Annual report on the Civil Veterinary Department, Burma (including the Insein Veterinary School) - 1923-1931
Year: 1923
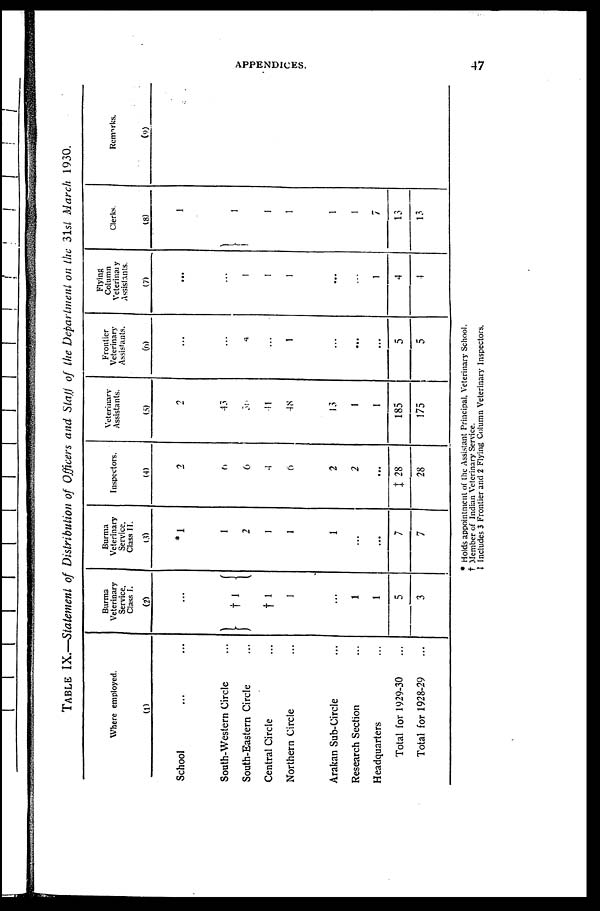
APPENDICES.
47
TABLE IX.—Statement of Distribution of Officers and Staff of the Department on the 31st March 1930.
Where employed.
(1)
School ... ...
South-Western Circle ...
South-Eastern Circle ...
Central Circle ...
Northern Circle ...
Arakan Sub-Circle ...
Research Section ...
Headquarters ...
Total for 1929-30 ...
Total for 1928-29 ...
Burma
Veterinary
Service.
Class I.
(2)
...
†1
† 1
1
...
1
1
5
3
Burma
Veterinary
Service.
Class II.
13)
* 1
1
2
1
1
1
...
...
7
7
Inspectors.
(4)
2
6
6
4
6
2
2
...
‡ 28
28
Veterinary
Assistants.
(5)
2
43
30
41
48
13
1
I
185
175
Frontier
Veterinary
Assistants.
(6)
...
...
4
1
...
...
...
5
5
Flying
Column
Veterinary
Assistants.
(7)
...
...
1
1
1
...
...
1
4
4
Clerks.
(8)
1
1
1
1
1
1
7
13
13
Remarks.
(9)
* Holds appointment of the Assistant Principal, Veterinary School.
† Member of Indian Veterinary Service.
‡ Includes 3 Frontier and 2 Flying Column Veterinary Inspectors.